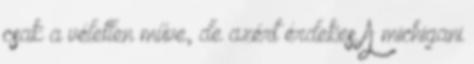
csak a véletlen műve, de azért érdekes A michigani